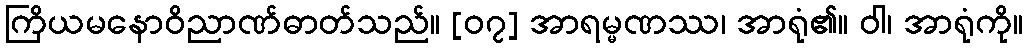
ကြိယမနောဝိညာဏ်ဓာတ်သည်။ [၀၇] အာရမ္မဏဿ၊ အာရုံ၏။ ဝါ၊ အာရုံကို။